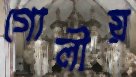
গোলীয়